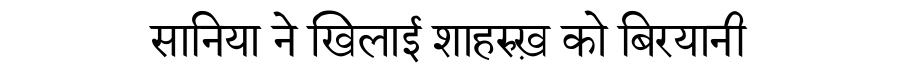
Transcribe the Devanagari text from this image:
सानिया ने खिलाई शाहरुख़ को बिरयानी